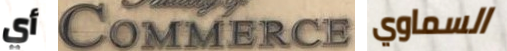
أي Commerce السماوي